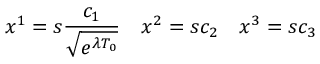
x ^ { 1 } = s \frac { c _ { 1 } } { \sqrt { e ^ { \lambda T _ { 0 } } } } \ \ \ x ^ { 2 } = s c _ { 2 } \ \ \ x ^ { 3 } = s c _ { 3 }